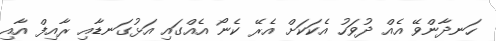
ހަނދާންވޭ އެއް ދުވަހު އެކަކަށް އެރޭ ކެނޯ އެއްގައި އަޅުގަނޑާއި ރާއިފް އާއި